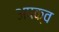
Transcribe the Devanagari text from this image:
अपक्‍व